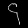
Digit: ၄